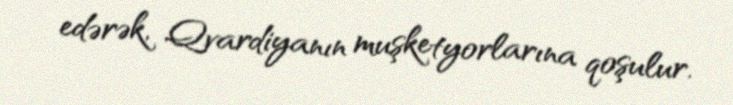
edərək, Qvardiyanın muşketyorlarına qoşulur.